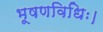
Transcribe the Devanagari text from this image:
भूषणविधिः।